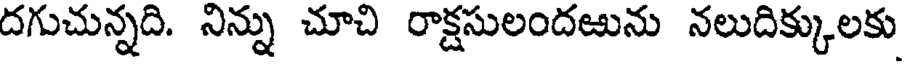
దగుచున్నది. నిన్ను చూచి రాక్షసులందఱును నలుదిక్కులకు